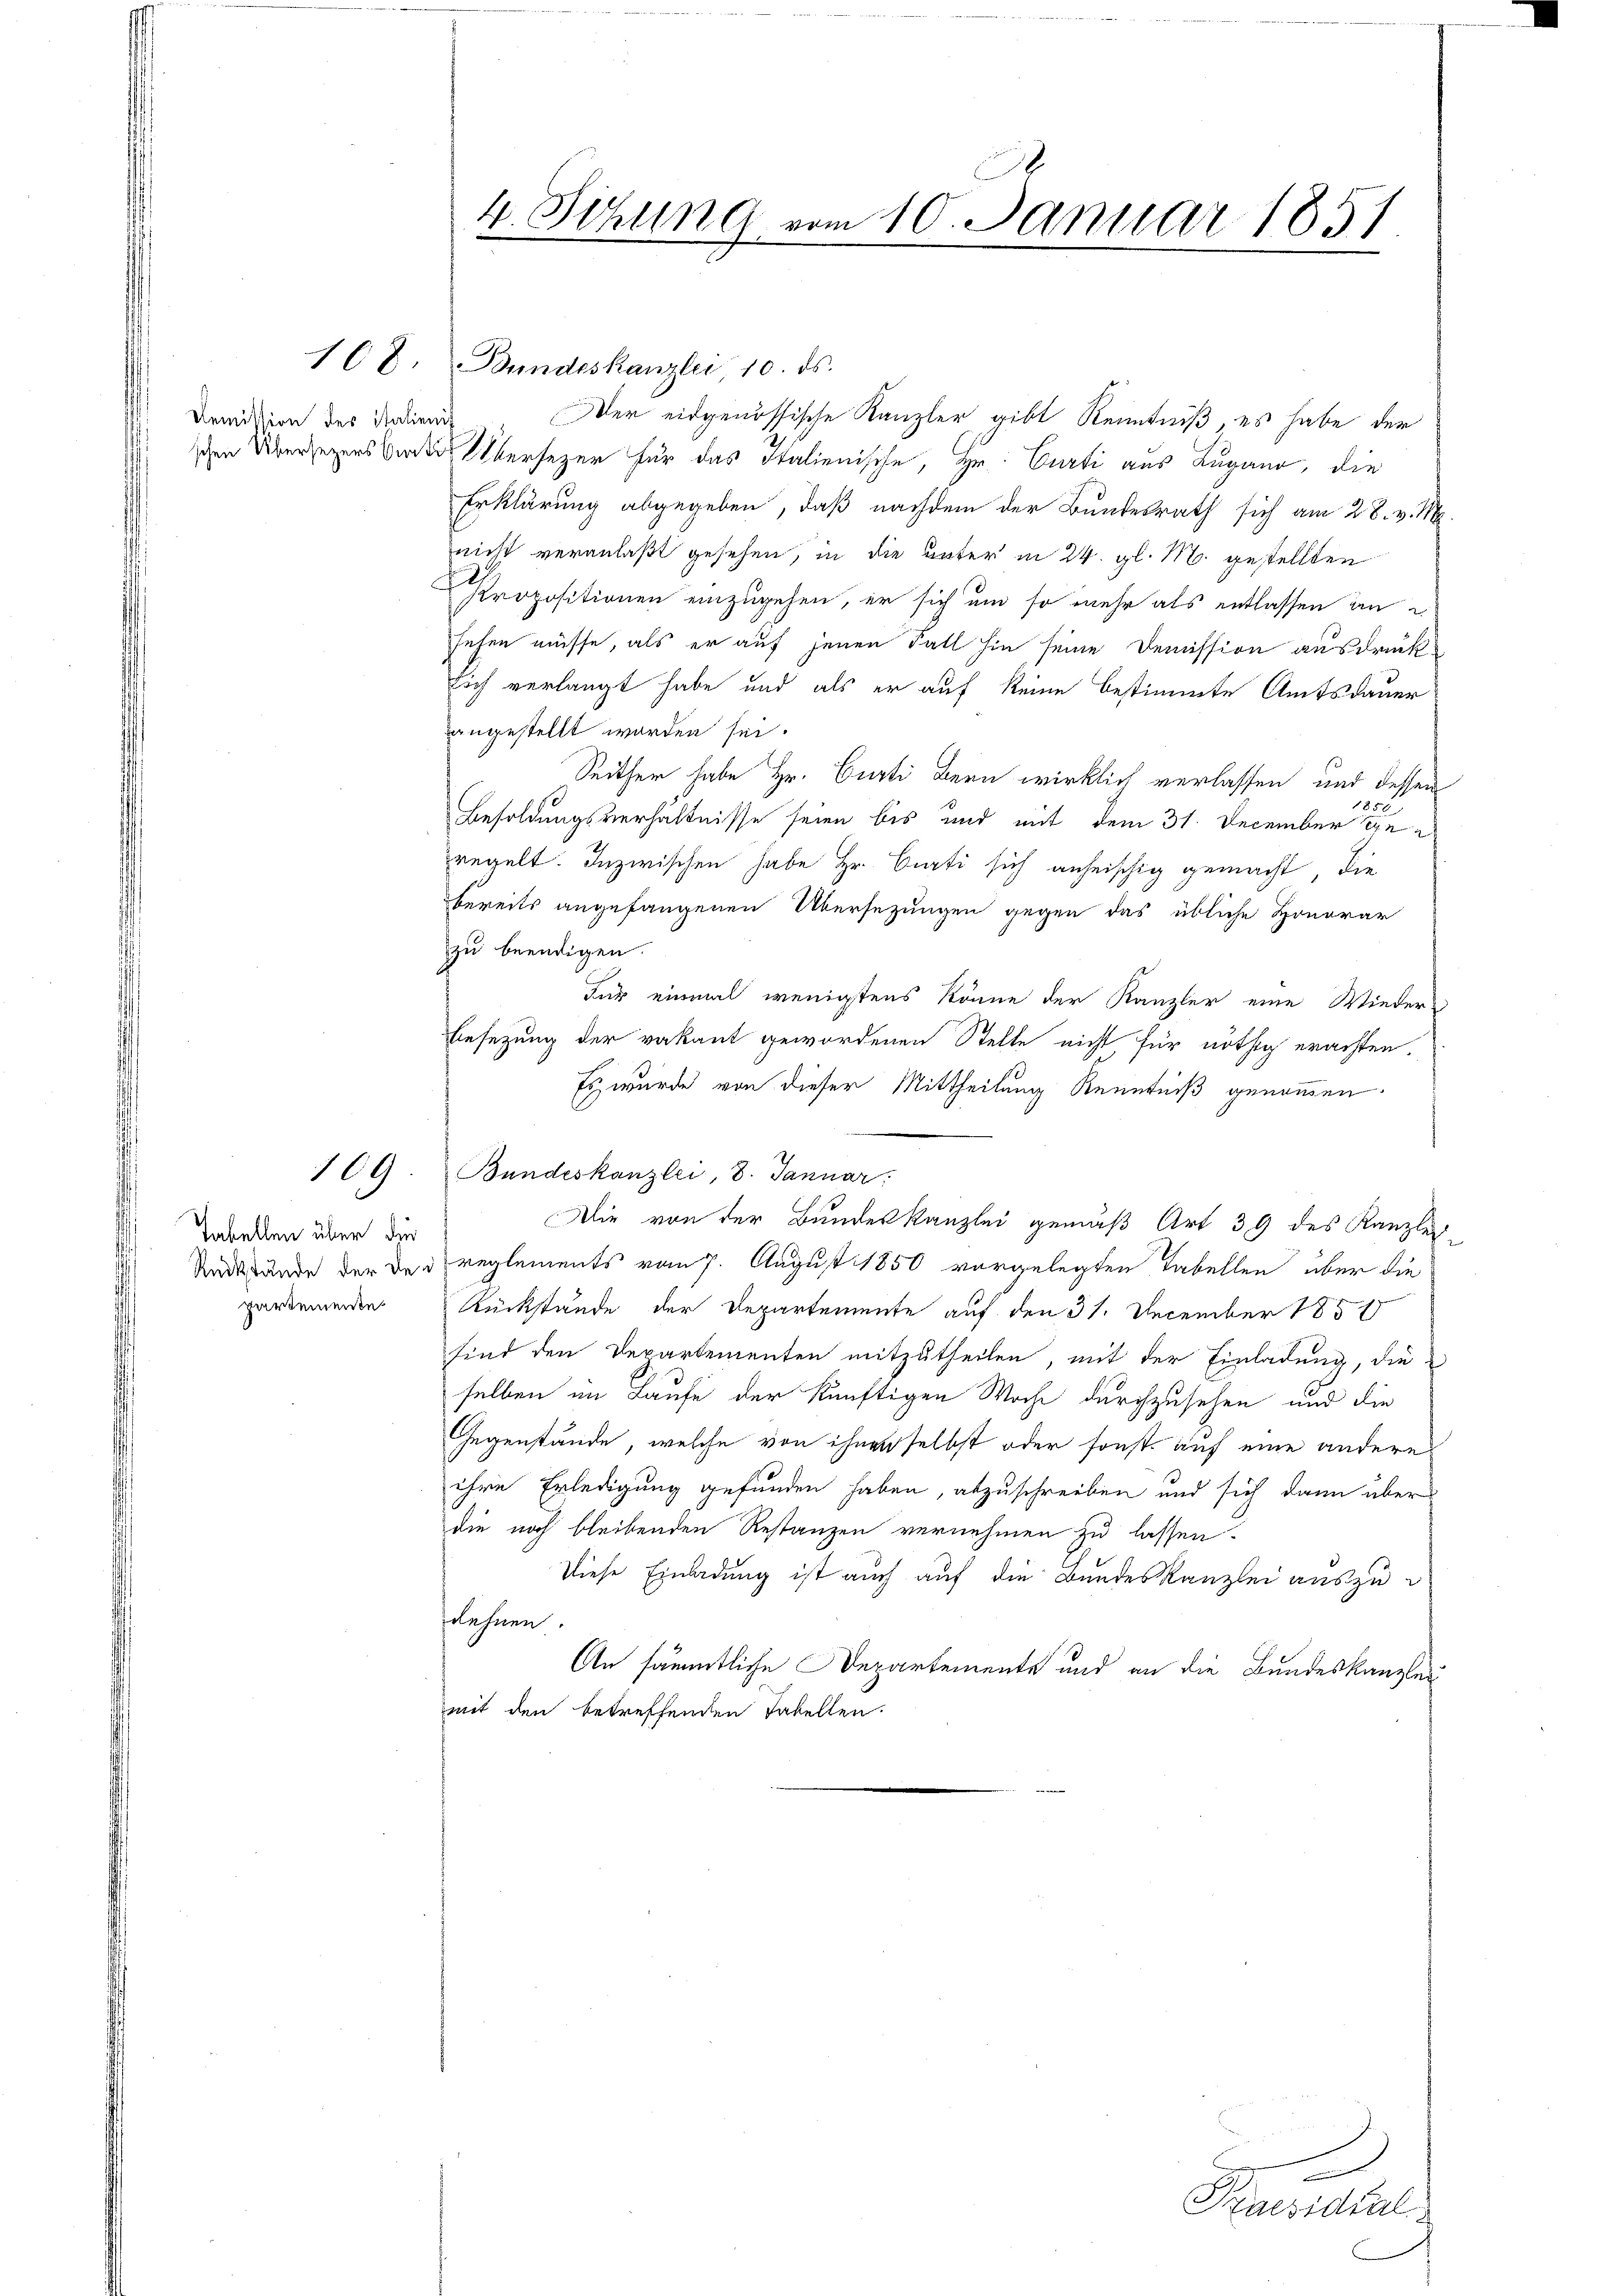
Demission des Italienis

Tabellen über die
partemente.

169

4. Sitzung vom 10. Januar 1851

168. Bundeskanzlei 10. ds.

Der eidgenössische Kanzler gibt Kenntniß, es habe der
schen Übersezens Überzer für das Italienische, Hr. Curti aus Lugano, die
Erklärung abgegeben, daß nachdem der Bundesrath sich am 28. v. M.
nicht veranlaßt gesehen, in die unter in 24. gl. M. gestellten
Propositionen einzugehen, er sich um so mehr als entlassen an
sehen müsse, als er auf jenen Fall hin seine Demission ausdrücksich verlangt habe und als er auf keine bestimmte Amtsdauer
angestellt worden sei.
Seither habe Hr. Curti Bern wirklich verlassen und dessen
1850
Besoldungsverhältnisse seien bis und mit dem 31. December 19
regelt. Inzwischen habe Hr. Curti sich anheischig gemacht, die
bereits angefangenen Übersezungen gegen das übliche Honorar
zu beendigen.
Für einmal wenigstens könne der Kanzler eine Wieder
Besetzung der vakant gewordenen Stelle nicht für nöthig erachten.
Es wurde von dieser Mittheilung Kenntniß genommen
Bundeskanzlei, 8. Januar:
Die von der Bundeskanzlei gemäß Art 39 des Kanzle
Undstände der der reglements vom 7. August 1850 vorgelegten Tabellen über die
Rückstände der Departemente auf den 31. December 1857
sind den Departementen mitzutheilen, mit der Einladung, die
selben im Laufe der künftigen Woche durchzusehen und die
Gegenstände, welche von ihnen selbst oder sonst auf eine andere
ihre Erledigung gefunden haben, abzuschreiben und sich dann über
die noch bleibenden Restanzen vernehmen zu lassen.
Diese Einladung ist auch auf die Bundeskanzlei auszulehnen.
An sämmtliche Departemente und an die Bundeskanzleimit den betreffenden Tabellen.

E
Praesidial
C